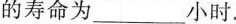
的寿命为___小时。